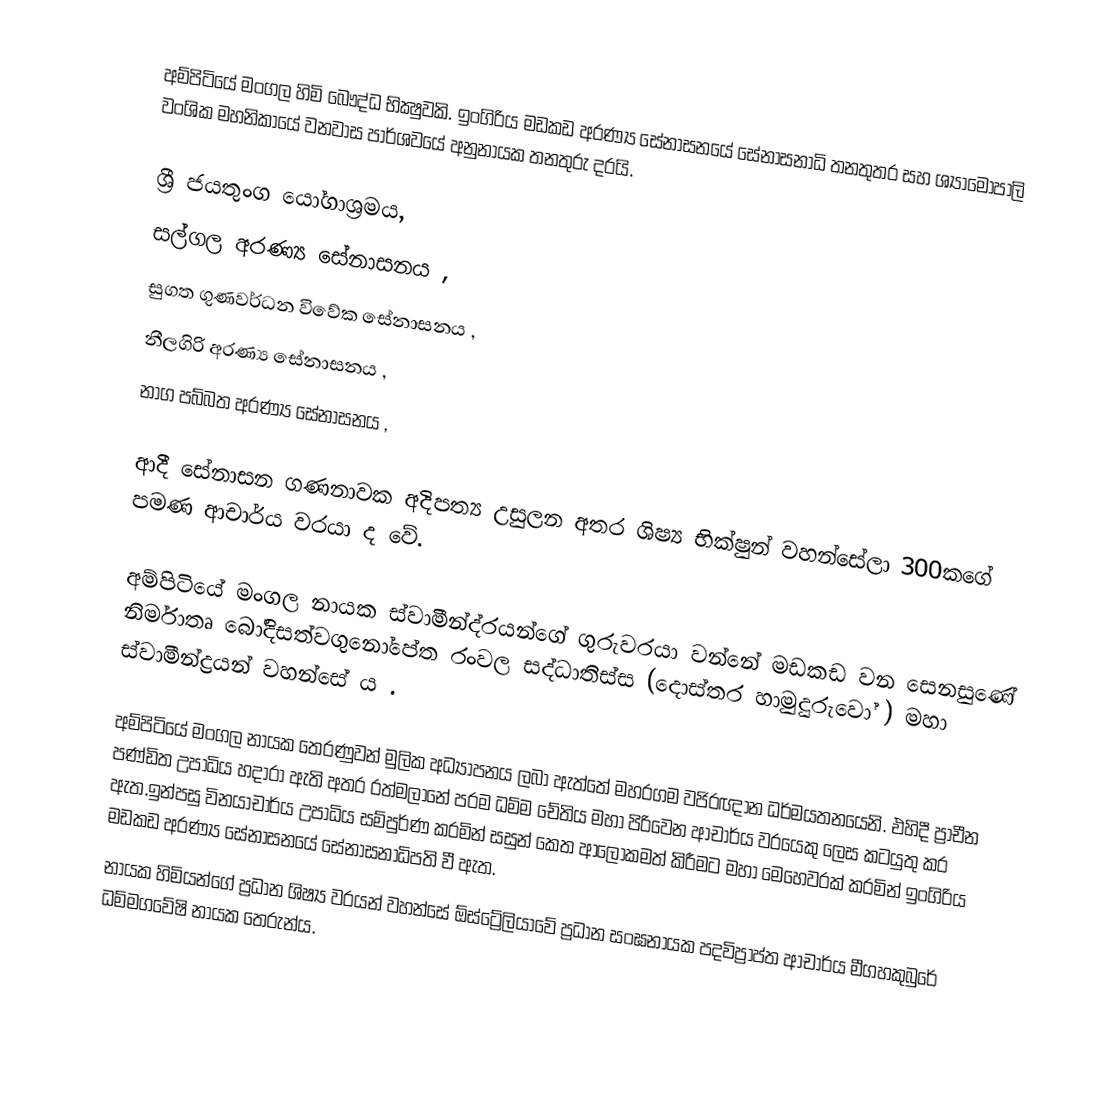
අම්පිටියේ මංගල හිමි බෞද්ධ භික්‍ෂුවකි. ඉංගිරිය මඩකඩ අරණ්‍ය සේනාසනයේ සේනාසනාධි තනතුතර සහ ශ්‍යාමෝපාලි වංශික මහනිකායේ වනවාස පාර්ශවයේ අනුනායක තනතුරු දරයි.

ශ්‍රී ජයතුංග යෝගාශ්‍රමය,
සල්ගල අරණ්‍ය සේනාසනය ,
සුගත ගුණවර්ධන විවේක සේනාසනය ,
නීලගිරි අරණ්‍ය සේනාසනය ,
නාග පබ්බත අරණ්‍ය සේනාසනය ,

ආදී සේනාසන ගණනාවක අදිපත්‍ය උසුලන අතර ශිෂ්‍ය භික්ෂුන් වහන්සේලා 300කගේ පමණ ආචාර්ය වරයා ද වේ.

අම්පිටියේ මංගල නායක ස්වාමීන්ද්රයන්ගේ ගුරුවරයා වන්නේ මඩකඩ වන සෙනසුණේ නිර්මාතෘ බෝදිසත්වගුනෝපේත රංවල සද්ධාතිස්ස (දොස්තර හාමුදුරුවෝ ) මහා ස්වාමීන්ද්‍රයන් වහන්සේ ය .

අම්පිටියේ මංගල නායක තෙරණුවන් මුලික අධ්‍යාපනය ලබා ඇත්තේ මහරගම වජිරඥාන ධර්මයතනයෙනි. එහිදී ප්‍රාචීන පණ්ඩිත උපාධිය හදාරා ඇති අතර රත්මලානේ පරම ධම්ම චේතිය මහා පිරිවෙන ආචාර්ය වරයෙකු ලෙස කටයුතු කර ඇත.ඉන්පසු විනයාචාර්ය උපාධිය සම්පුර්ණ කරමින් සසුන් කෙත ආලෝකමත් කිරීමට මහා මෙහෙවරක් කරමින් ඉංගිරිය මඩකඩ අරණ්‍ය සේනාසනයේ සේනාසනාධිපති වී ඇත.
නායක හිමියන්ගේ ප්‍රධාන ශිෂ්‍ය වරයන් වහන්සේ ඕස්ට්‍රේලියාවේ ප්‍රධාන සංඝනායක පදවිප්‍රාප්ත ආචාර්ය මීගහකුබුරේ ධම්මගවේෂි නායක තෙරුන්ය.